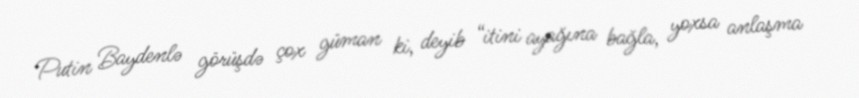
Putin Baydenlə görüşdə çox güman ki, deyib “itini ayağına bağla, yoxsa anlaşma